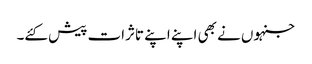
جنہوں نے بھی اپنے اپنے تاثرات پیش کئے۔